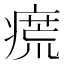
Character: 𱱝